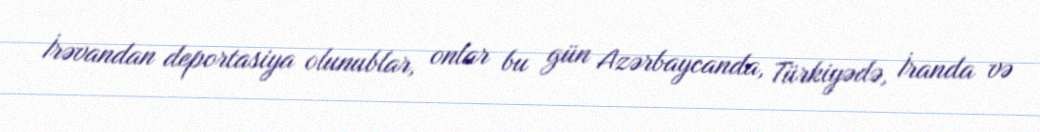
İrəvandan deportasiya olunublar, onlar bu gün Azərbaycanda, Türkiyədə, İranda və